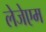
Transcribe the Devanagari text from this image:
लेजेएम